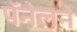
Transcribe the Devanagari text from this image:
पॅनेलने